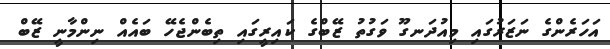
އަހަރެންގެ ނަޒަރުގައި މިއުދަނގޫ ވަގުތު ޒޭބްގެ ކައިރީގައި ތިބެންޖެހޭ ބައެއް ނިންމާނީ ޒޭބް